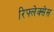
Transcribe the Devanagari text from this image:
रिफ्लेक्सेस